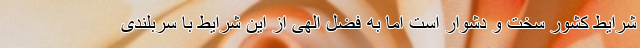
شرایط کشور سخت و دشوار است اما به فضل الهی از این شرایط با سربلندی